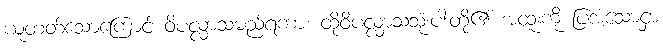
ယူတတ်သောကြောင့် ဝိပလ္လာသမည်ရကား ထိုဝိပလ္လာသသုံးပါးတို့၏ အထူးကို ပြအံ့သောငှာ